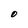
Character: O